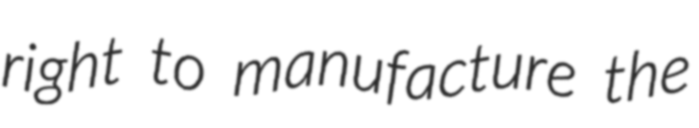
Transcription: right to manufacture the